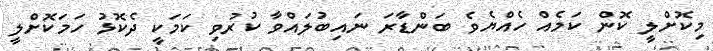
މިކޮށްލީ ކޮން ކަމެއް ހެއްޔެވެ ބަންޑާރަ ނައިބުލައްވާ ކުރުވި ކަމަކީ ދެކޮޅު ހަމަކޮށްލީ